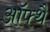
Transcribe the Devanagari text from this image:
ऑफ्थै